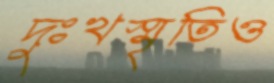
দুঃখস্মৃতিও